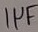
Text: 1µF